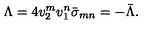
\Lambda = 4 v _ { 2 } ^ { m } v _ { 1 } ^ { n } \bar { \sigma } _ { m n } = - \bar { \Lambda } .